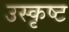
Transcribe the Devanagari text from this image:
उस्कृष्ट